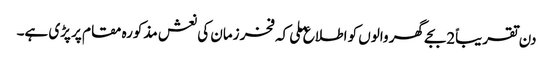
دن تقریباً2بجے گھر والوں کو اطلاع ملی کہ فخر زمان کی نعش مذکورہ مقام پر پڑی ہے۔